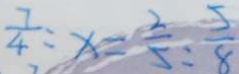
\frac { 7 } { 4 } : x = \frac { 2 } { 5 } : \frac { 5 } { 8 }